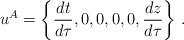
LaTeX: \begin{align*}u^A = \left\{ {{dt}\over {d\tau}}, 0,0,0,0,{{dz}\over{d\tau}} \right\}\, .\end{align*}